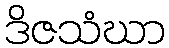
ဒိဇသံဃာ